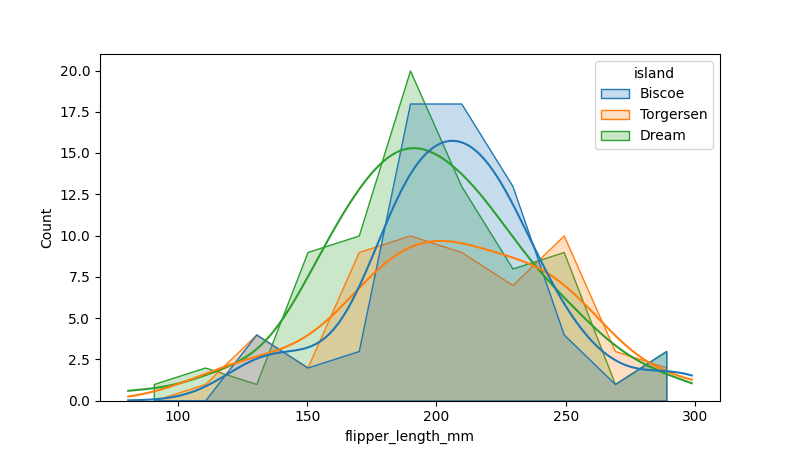
python, seaborn, histplot, hue='island', binwidth=20, bins='10', element='poly'